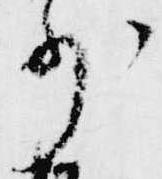
少